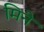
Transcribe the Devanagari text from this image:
मिने